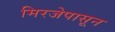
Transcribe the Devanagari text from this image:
मिरजेपासून